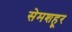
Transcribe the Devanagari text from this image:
सेमशहूर